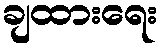
ချထားရေး